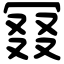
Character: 𠖎